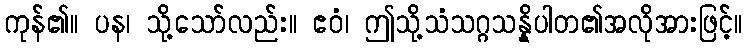
ကုန်၏။ ပန၊ သို့သော်လည်း။ ဧဝံ၊ ဤသို့သံသဂ္ဂသန္နိပါတ၏အလိုအားဖြင့်။